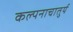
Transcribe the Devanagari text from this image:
कल्पनाचातुर्य